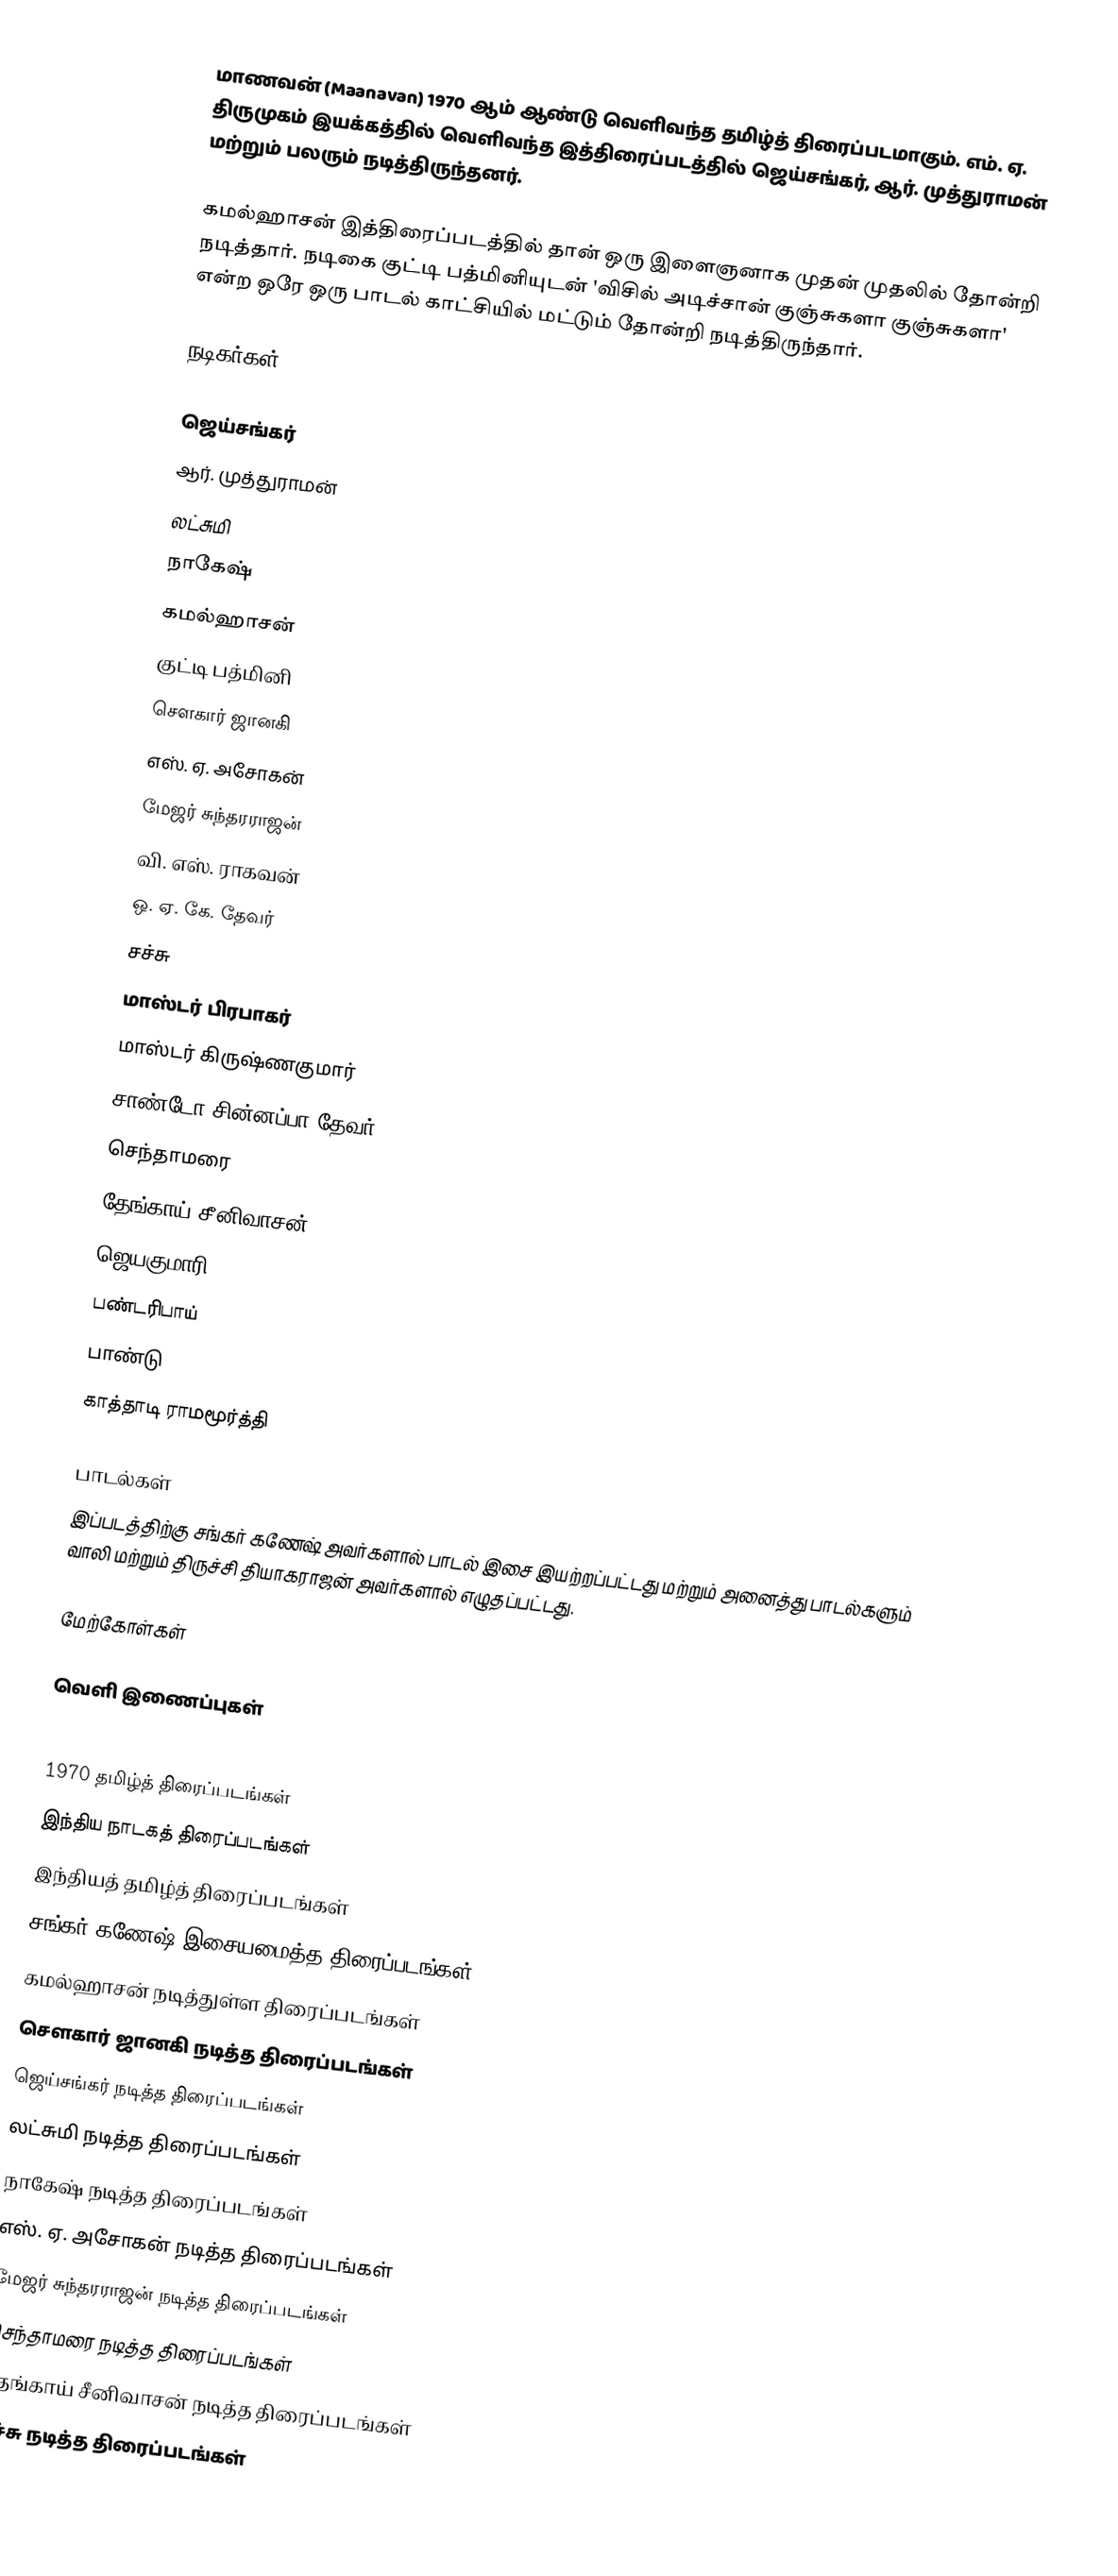
மாணவன் (Maanavan) 1970 ஆம் ஆண்டு வெளிவந்த தமிழ்த் திரைப்படமாகும். எம். ஏ. திருமுகம் இயக்கத்தில் வெளிவந்த இத்திரைப்படத்தில் ஜெய்சங்கர், ஆர். முத்துராமன் மற்றும் பலரும் நடித்திருந்தனர்.

கமல்ஹாசன் இத்திரைப்படத்தில் தான் ஒரு இளைஞனாக முதன் முதலில் தோன்றி நடித்தார். நடிகை குட்டி பத்மினியுடன் 'விசில் அடிச்சான் குஞ்சுகளா குஞ்சுகளா' என்ற ஒரே ஒரு பாடல் காட்சியில் மட்டும் தோன்றி நடித்திருந்தார்.

நடிகர்கள்

ஜெய்சங்கர்
ஆர். முத்துராமன்
லட்சுமி
நாகேஷ்
கமல்ஹாசன்
குட்டி பத்மினி
சௌகார் ஜானகி
எஸ். ஏ. அசோகன்
 மேஜர் சுந்தரராஜன்
 வி. எஸ். ராகவன்
 ஒ. ஏ. கே. தேவர்
 சச்சு
 மாஸ்டர் பிரபாகர்
 மாஸ்டர் கிருஷ்ணகுமார்
 சாண்டோ சின்னப்பா தேவர்
 செந்தாமரை
 தேங்காய் சீனிவாசன்
 ஜெயகுமாரி
 பண்டரிபாய்
 பாண்டு
 காத்தாடி ராமமூர்த்தி

பாடல்கள்
இப்படத்திற்கு சங்கர் கணேஷ் அவர்களால் பாடல் இசை இயற்றப்பட்டது மற்றும் அனைத்து பாடல்களும் வாலி மற்றும் திருச்சி தியாகராஜன் அவர்களால் எழுதப்பட்டது.

மேற்கோள்கள்

வெளி இணைப்புகள்

1970 தமிழ்த் திரைப்படங்கள்
இந்திய நாடகத் திரைப்படங்கள்
இந்தியத் தமிழ்த் திரைப்படங்கள்
சங்கர் கணேஷ் இசையமைத்த திரைப்படங்கள்
கமல்ஹாசன் நடித்துள்ள திரைப்படங்கள்
சௌகார் ஜானகி நடித்த திரைப்படங்கள்
ஜெய்சங்கர் நடித்த திரைப்படங்கள்
லட்சுமி நடித்த திரைப்படங்கள்
நாகேஷ் நடித்த திரைப்படங்கள்
எஸ். ஏ. அசோகன் நடித்த திரைப்படங்கள்
மேஜர் சுந்தரராஜன் நடித்த திரைப்படங்கள்
செந்தாமரை நடித்த திரைப்படங்கள்
தேங்காய் சீனிவாசன் நடித்த திரைப்படங்கள்
சச்சு நடித்த திரைப்படங்கள்